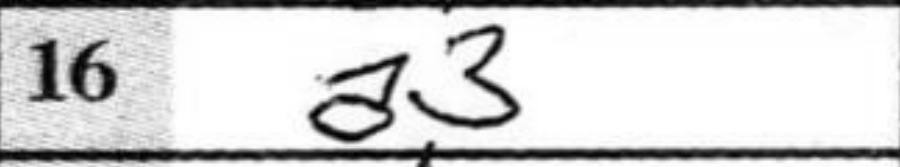
Transcription: a3